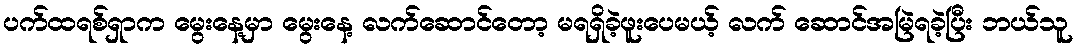
ပက်ထရစ်ရှာက မွေးနေ့မှာ မွေးနေ့ လက်ဆောင်တော့ မရရှိခဲ့ဖူးပေမယ့် လက် ဆောင်အမြဲရခဲ့ပြီး ဘယ်သူ